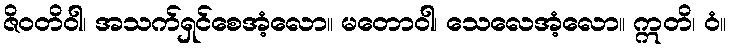
ဇိဝတိဝါ၊ အသက်ရှင်စေအံ့လော။ မတောဝါ၊ သေလေအံ့လော။ ဣတိ၊ ဝံ။